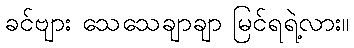
ခင်ဗျား သေသေချာချာ မြင်ရရဲ့လား။